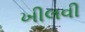
ખીલવી